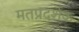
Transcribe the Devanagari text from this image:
मतप्रदर्शक